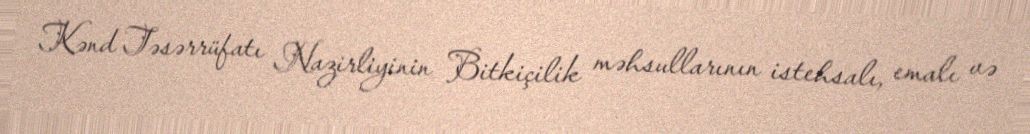
Kənd Təsərrüfatı Nazirliyinin Bitkiçilik məhsullarının istehsalı, emalı və